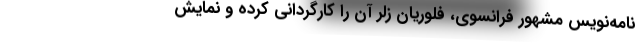
نامه‌نویس مشهور فرانسوی، فلوریان زلر آن را کارگردانی کرده و نمایش